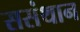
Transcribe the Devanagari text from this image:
ससंथान